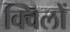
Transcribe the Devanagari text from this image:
क्विलों